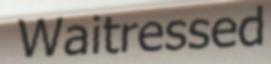
Waitressed